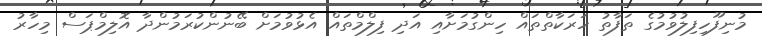
މުނިފޫހިފިލުވުމުގެ ތަފާތު ހަރަކާތްތައް ހިންގުމަށާއި އަދި ފިލްމްތައް އެޅުވުމަށް ބޭނުންކުރަމުންދާ އޮލިމްޕަސް މިހާރު